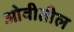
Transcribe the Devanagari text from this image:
ओवीतील